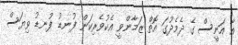
އާ އަނީސް ގެ ދެމެދުގަ އޮތް ޒަމާންވީ އެކުވެރިކަން ފުނޑު ފުނޑު ވިޔަސް